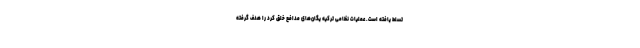
تسلط یافته است. عملیات نظامی ترکیه یگان‌های مدافع خلق کرد را هدف گرفته